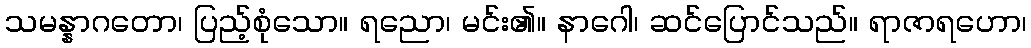
သမန္နာဂတော၊ ပြည့်စုံသော။ ရညော၊ မင်း၏။ နာဂေါ၊ ဆင်ပြောင်သည်။ ရာဇာရဟော၊